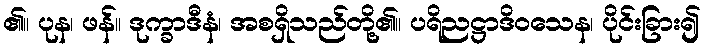
၏။ ပုန၊ ဖန်။ ဒုက္ခာဒီနံ၊ အစရှိသည်တို့၏။ ပရိညဋ္ဌာဒိဝသေန၊ ပိုင်းခြား၍